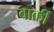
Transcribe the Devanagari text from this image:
वार्की